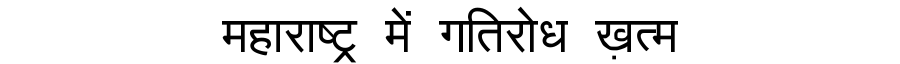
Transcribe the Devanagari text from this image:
महाराष्ट्र में गतिरोध ख़त्म